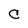
Character: C